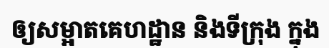
ឲ្យសម្អាតគេហដ្ឋាន និងទីក្រុង ក្នុង